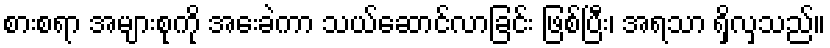
စားစရာ အများစုကို အေးခဲကာ သယ်ဆောင်လာခြင်း ဖြစ်ပြီး၊ အရသာ ရှိလှသည်။